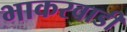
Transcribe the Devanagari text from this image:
भाकरवाडी